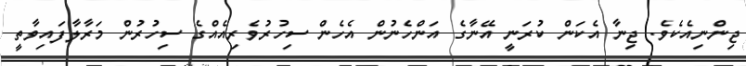
ޖިންނިއެކެވެ. ޖިނާ އެކަން ކުރަނީ އޭނާގެ އަންހެނުން އެހެން ސިހުރުވެރިއެއްގެ ސިހުރުން މަރާލާފައިވާތީ